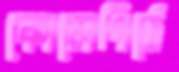
কোলেপিঠে